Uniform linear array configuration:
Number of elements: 8
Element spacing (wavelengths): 0.5
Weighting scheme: hann
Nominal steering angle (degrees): -60
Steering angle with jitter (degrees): -60.912
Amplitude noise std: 0.05
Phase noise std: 0.05

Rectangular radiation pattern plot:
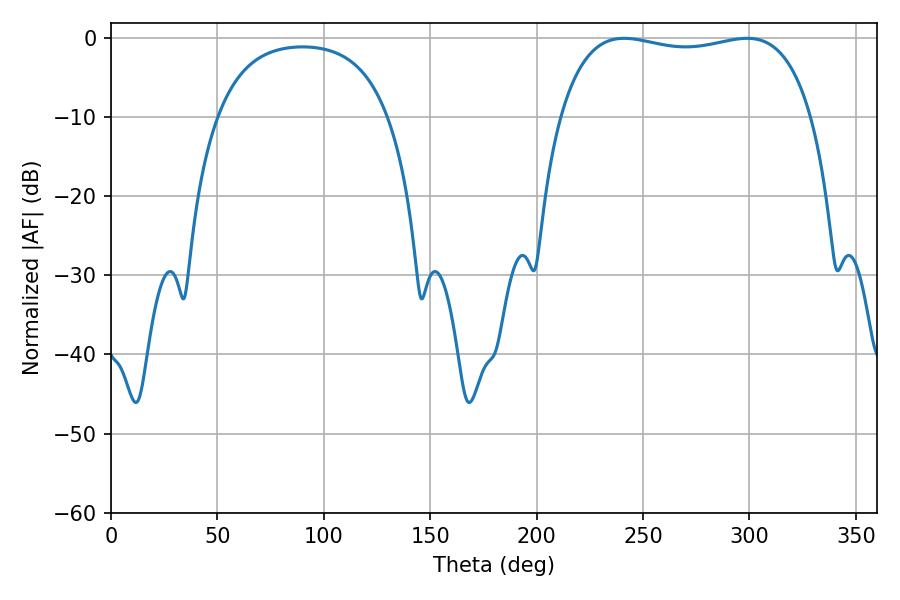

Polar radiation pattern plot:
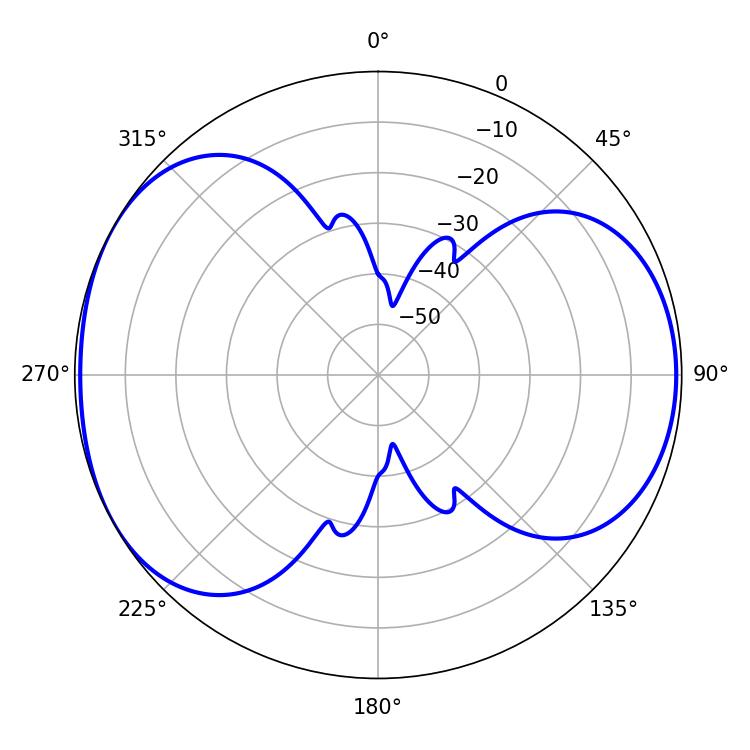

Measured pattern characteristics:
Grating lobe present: FALSE
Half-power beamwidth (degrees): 95.4
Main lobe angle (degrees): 241.02